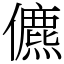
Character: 儦